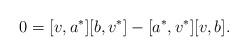
LaTeX: \begin{align*}0=[v,a^*][b,v^*]-[a^*, v^*][v,b].\end{align*}